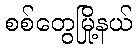
စစ်တွေမြို့နယ်